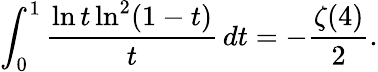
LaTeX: \int_{0}^{1}\frac{\ln t\ln^{2}(1-t)}{t}\, dt=-\frac{\zeta(4)}{2}.